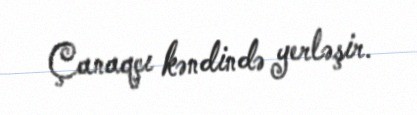
Çanaqçı kəndində yerləşir.